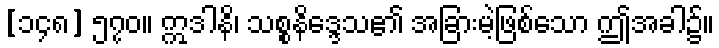
[၁၄၈] ၅၇၀။ ဣဒါနိ၊ သစ္စနိဒ္ဒေသ၏ အခြားမဲ့ဖြစ်သော ဤအခါ၌။